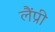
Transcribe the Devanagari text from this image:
लैंप्री